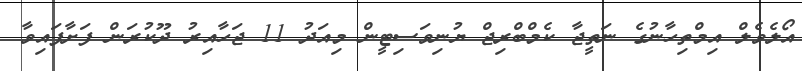
އޯލެވެލް އިމްތިހާނުގެ ނަތީޖާ ކެމްބްރިޖް ޔުނިވަސިޓީން މިއަދު 11 ޖަހާއިރު ދޫކުރަން ފަށާފައިވާ